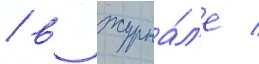
/ в журна́л'е /